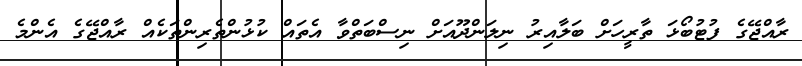
ރާއްޖޭގެ ފުޓުބޯޅަ ތާރީހަށް ބަލާއިރު ނިލަންދޫއަށް ނިސްބަތްވާ އެތައް ކުޅުންތެރިންތަކެއް ރާއްޖޭގެ އެންމެ